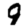
Digit: 9